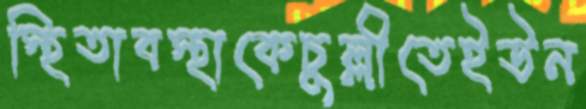
স্থিতাবস্থাকেচুল্লীতেইউন